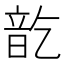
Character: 𮸱